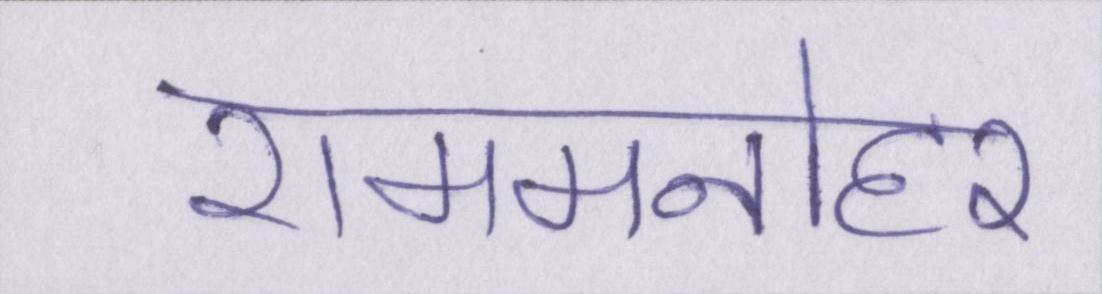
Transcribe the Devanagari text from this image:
राममनोहर